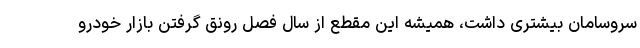
سروسامان بیشتری داشت، همیشه این مقطع از سال فصل رونق گرفتن بازار خودرو